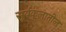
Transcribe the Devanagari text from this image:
सूर्यकुलातील